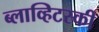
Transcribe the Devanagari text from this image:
ब्लाव्हिटस्‍की